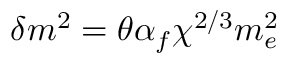
\delta m ^ { 2 } = \theta \alpha _ { f } \chi ^ { 2 / 3 } m _ { e } ^ { 2 }